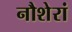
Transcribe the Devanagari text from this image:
नौशेरां